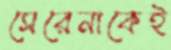
সেরেনাকেই